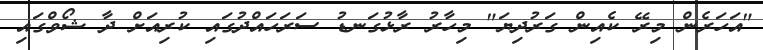
"އަހަރެން މިރޭ ކެއިން ގަރުދިޔަ" މިހާރު ރާޅުގަނޑު ސަރަހައްދުގައި ކުރިއަށް ދާ ޝޯވްގައި